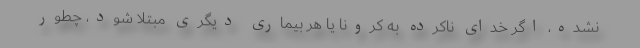
نشده، اگر خدای ناکرده به کرونا یا هر بیماری دیگری مبتلا شود، چطور